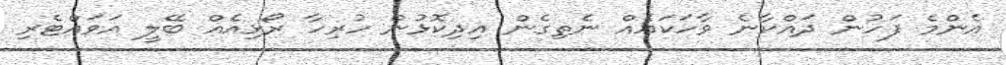
އެންމެ ފަހުން ދައްކާނެ ވާހަކައެއް ނެތިގެން އިދިކޮޅުން ހުރިހާ ރޯޅިއެއް ބޭލީ އަވައްޓެރި